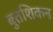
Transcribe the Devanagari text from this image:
बुतशिकन